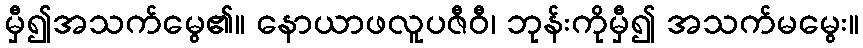
မှီ၍အသက်မွေ၏။ နောယာဖလူပဇီဝီ၊ ဘုန်းကိုမှီ၍ အသက်မမွေး။